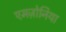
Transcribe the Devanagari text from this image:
एमज़ोनिया